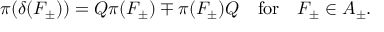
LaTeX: \pi ( \delta ( F _ { \pm } ) ) = Q \pi ( F _ { \pm } ) \mp \pi ( F _ { \pm } ) Q \quad \mathrm { f o r } \quad F _ { \pm } \in { \cal A } _ { \pm } .